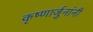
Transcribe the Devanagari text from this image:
कृष्णार्जुनांनी